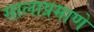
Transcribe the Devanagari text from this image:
सालाप्रमाणे